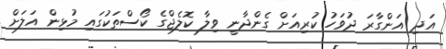
އަދި އަންގާރަ ދުވަހު ކުރިއަށް ގެންދާނީ ވިލާ ކޮލެޖްގެ ކޯސްތަކުގައި މުޅިން އަލަށް